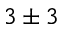
3 \pm 3